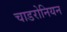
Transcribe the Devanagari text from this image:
चाडरोनियन